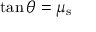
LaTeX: \tan { \theta } = \mu _ { \mathrm { s } }